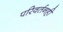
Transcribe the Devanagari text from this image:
परिवर्तनही